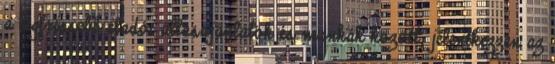
a legfrissebb eladói állásajánlatok és munkák között, jelentkezzen az